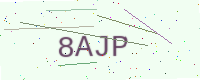
Text: 8AJP